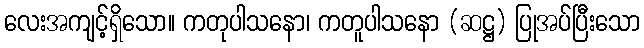
လေးအကျင့်ရှိသော။ ကတုပါသနော၊ ကတူပါသနော (ဆဋ္ဌ) ပြုအပ်ပြီးသော